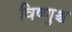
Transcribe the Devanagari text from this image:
विष्णुश्च